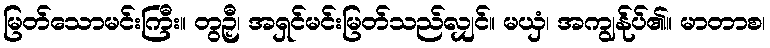
မြတ်သောမင်းကြီး။ တွဉှီ၊ အရှင်မင်းမြတ်သည်လျှင်။ မယှံ၊ အကျွန်ုပ်၏။ မာတာစ၊